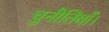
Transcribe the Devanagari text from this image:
चुनौतियाँ।